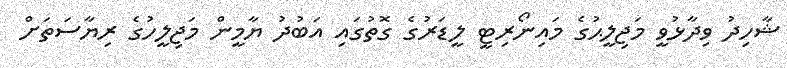
ޝާހިދު ވިދާޅުވީ މަޖިލީޙުގެ މައިނޯރިޓީ ލީޑަރުގެ ގޮތުގައި އަބުދު ޔާމީން މަޖިލީހުގެ ރިޔާސަތަށް